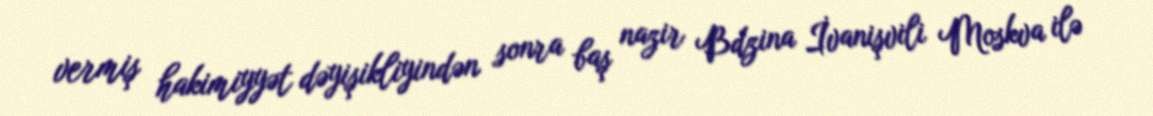
vermiş hakimiyyət dəyişikliyindən sonra baş nazir Bdzina İvanişvili Moskva ilə